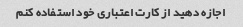
اجازه دهید از کارت اعتباری خود استفاده کنم